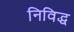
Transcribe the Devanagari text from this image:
निविद्ध